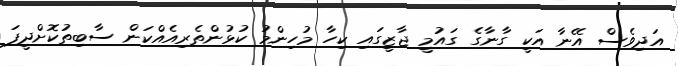
އަދިވެސް އޭނާ އަކީ ގާނާގެ ގައުމީ ޖާޒީގައި ކިހާ މުހިންމު ކުޅުންތެރިއެއްކަން ސާބިތުކޮށްދީފަ